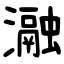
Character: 瀜